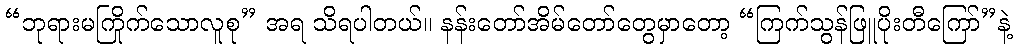
“ဘုရားမကြိုက်သောလူစု” အရ သိရပါတယ်။ နန်းတော်အိမ်တော်တွေမှာတော့ “ကြက်သွန်ဖြူပိုးတီကြော်”နဲ့